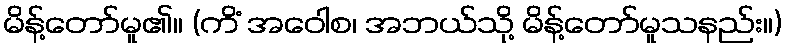
မိန့်တော်မူ၏။ (ကိံ အဝေါစ၊ အဘယ်သို့ မိန့်တော်မူသနည်း။)